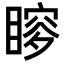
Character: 𥉡